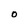
Character: O